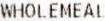
WHOLEMEAL